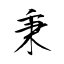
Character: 秉